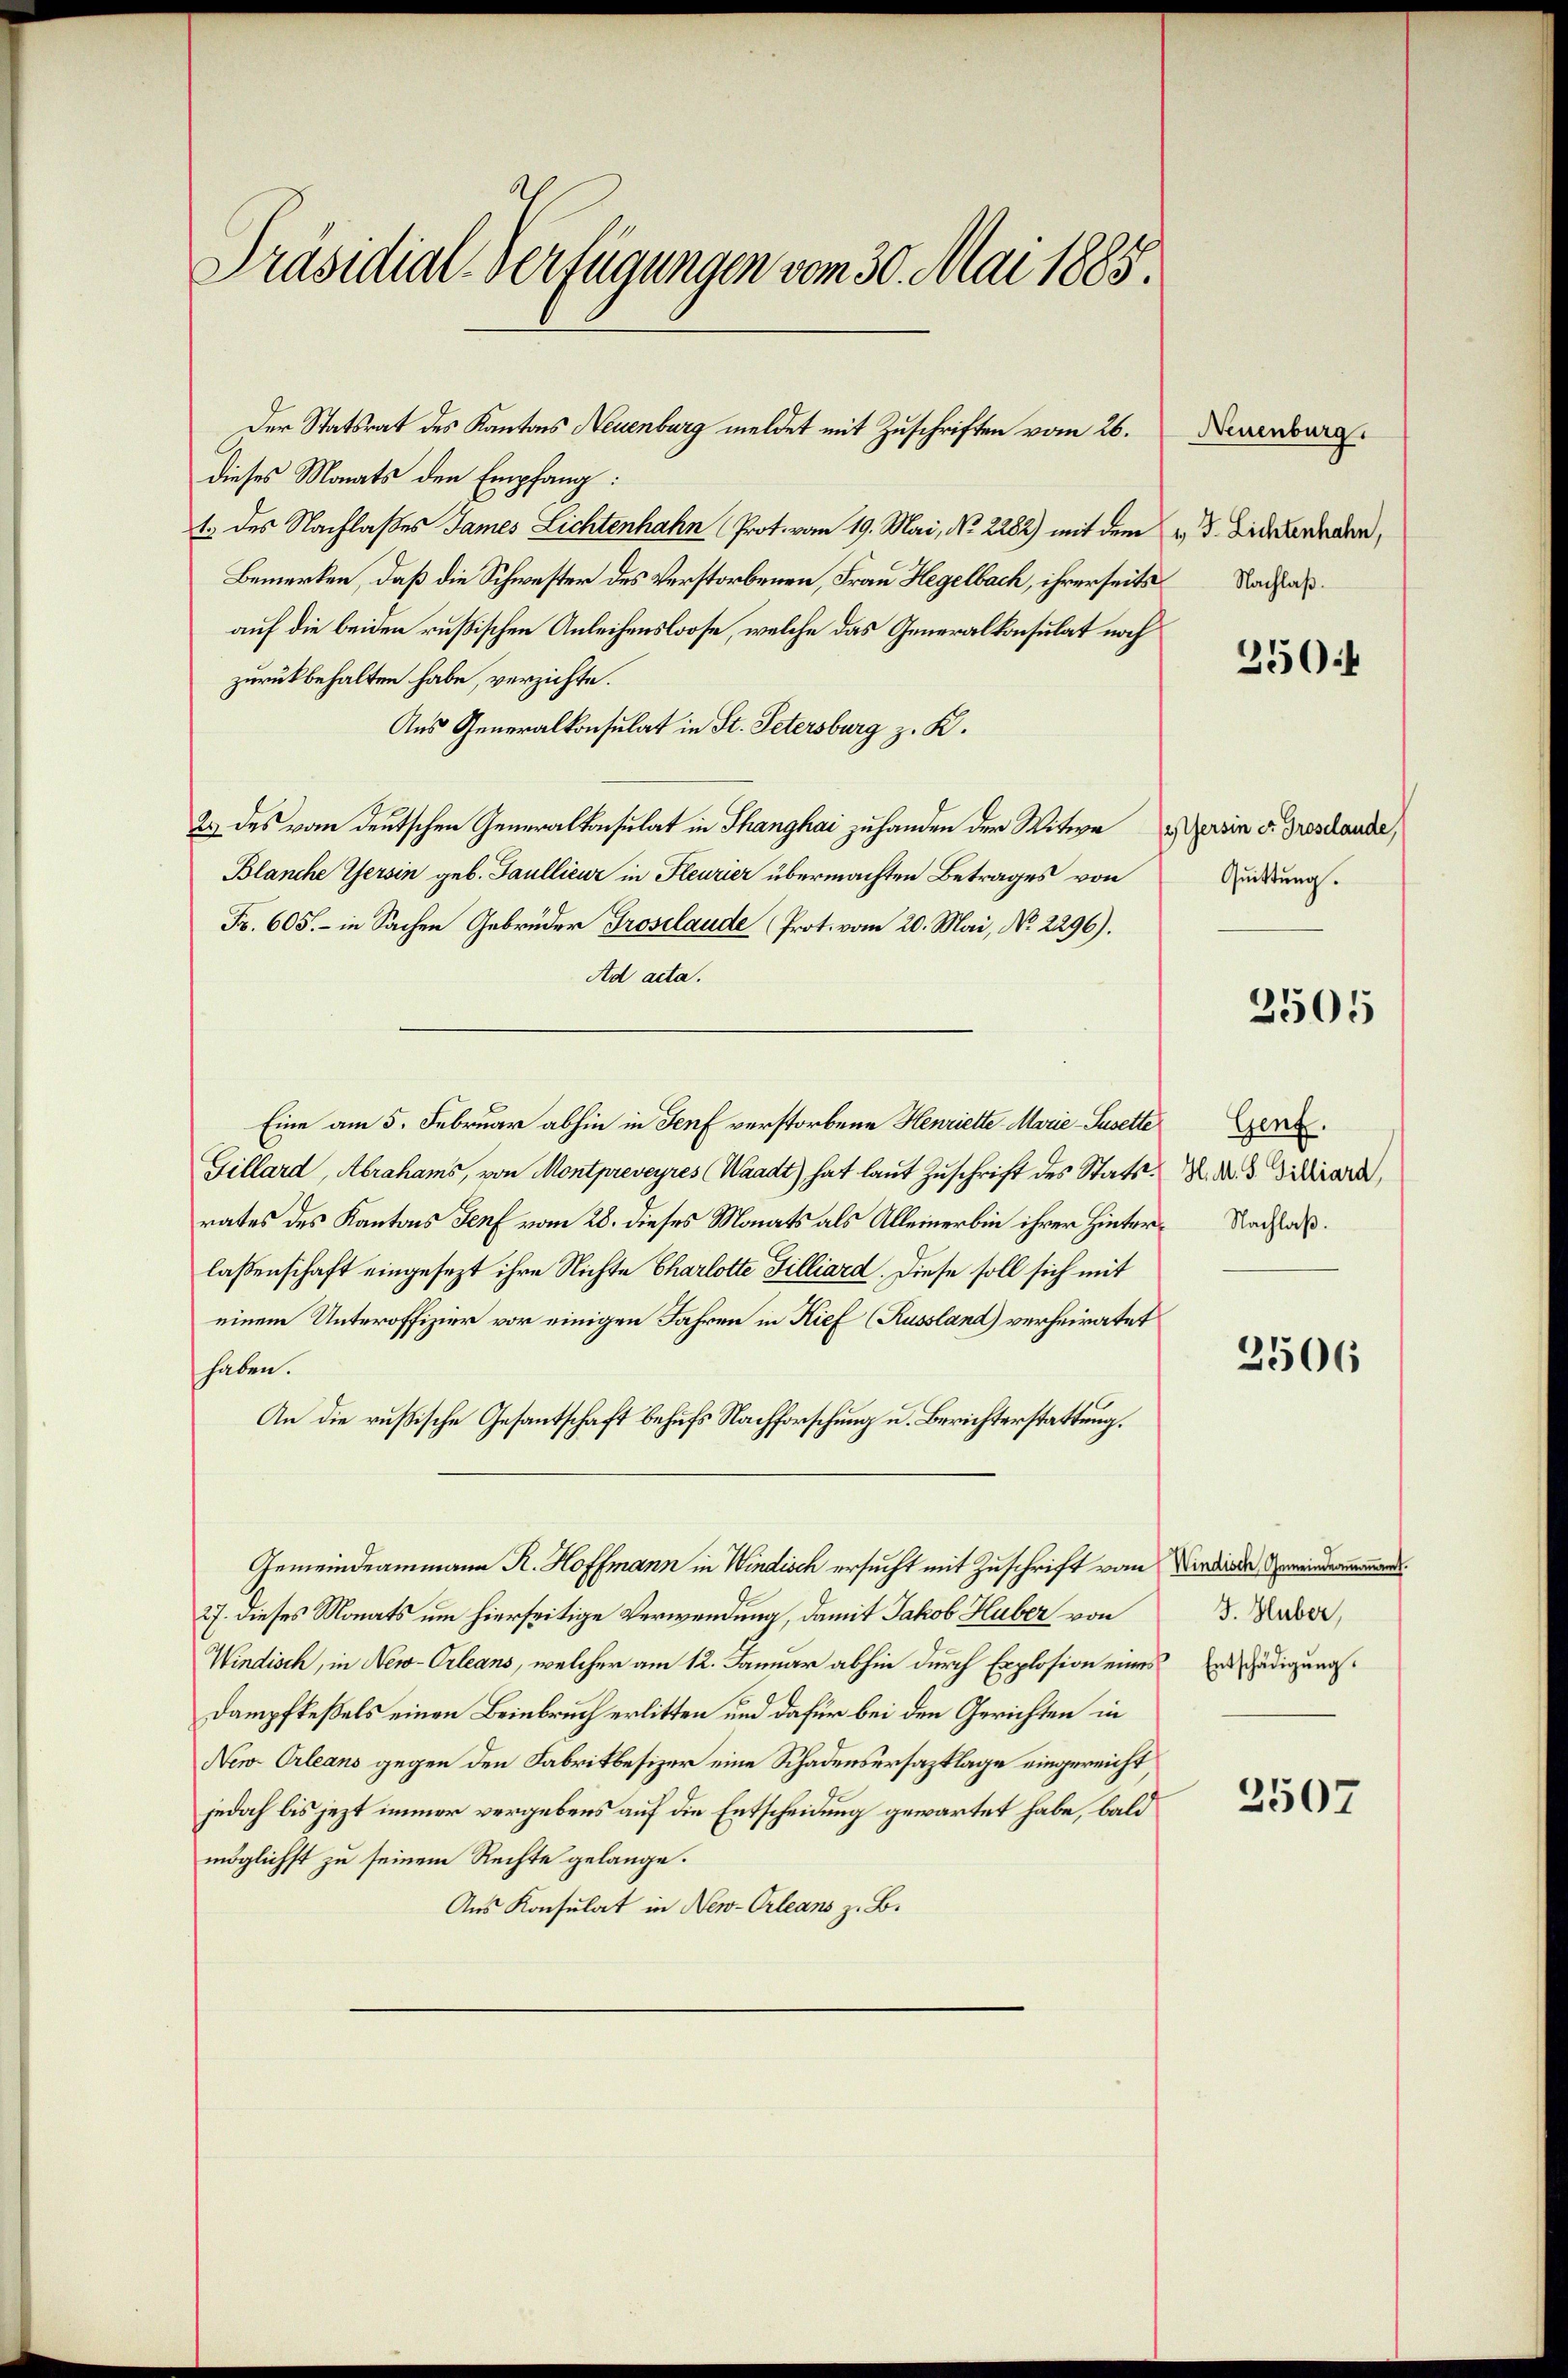
Präsidial-Verfügungen vom 30. Mai 1885.

Der Statsrat des Kantons Neuenburg meldet mit Zuschriften vom 26.
dieses Monats den Empfang:
1. des Nachlaßes James Lichtenhahn (Prot. vom 19. Mai, No. 2282) mit dem u. Bierdenden,
Bemerken, daß die Schwester des Verstorbenen, Frau Hegelbach, ihrerseits
auf die beiden rußischen Anleihensloose, welche das Generalkonsulat noch
zurückbehalten habe, verzichte.
Aus Generalkonsulat in St. Petersburg z. K.
23 des vom deutschen Generalkonsulat in Thanghai zu handen der Witwe Marin v. Grosshande,
Blanche Gersin geb. Paullieur in Fleurier übermachten Betrages von
Fr. 605. - in Sachen Gebrüder Grosclaude (Prot. vom 20. Mai, No. 2296).
Ad acta.
Eine am 5. Februar abhin in Senf verstorbene Henriette Marie-Pusette Ger
Gillard, Abrahams, von Montpreveyres (Waadt) hat laut Zuschrift des Stattrates des Kantons Genf vom 28. dieses Monats als Alleiner bin ihrer Hinter-Nachlaßlaßenschaft eingesezt ihre Nichte Charlotte Filliard. Diese soll sich mit
einem Unteroffizier vor einigen Jahren in Kief (Russland) verheiratet
haben.
An die russische Gesantschaft behufs Nachforschung u. Berichterstattung.
Gemeindeammann R. Hoffmann in Windisch ersucht mit Zuschrift vom Verdende Gemeindermannen.
27. dieses Monats um hierseitige Verwendung, damit Jakob Huber von
Windisch, in New-Orleans, welcher am 12. Januar abhin durch Explosion eines Erschädigung
Dampfkessels einen Beinbruch erlitten und dafür bei den Gerichten in
New-Orleans gegen den Fabrikbesizer eine Schadensersazklage eingereicht
jedoch bis jezt immer vergebens auf die Entscheidung gewartet habe, bald
möglichst zu seinem Rechte gelange.
Aus Konsulat in New-Orleans z. B.

Neuenburg.
Nachlaß.

3504

Quittung.

2505

H. M. S. Gilliard,

2506

J. Huber,

2507